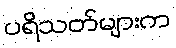
ပရိသတ်များက